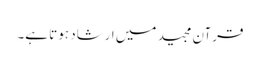
قرآن مجید میں ارشاد ہوتا ہے۔